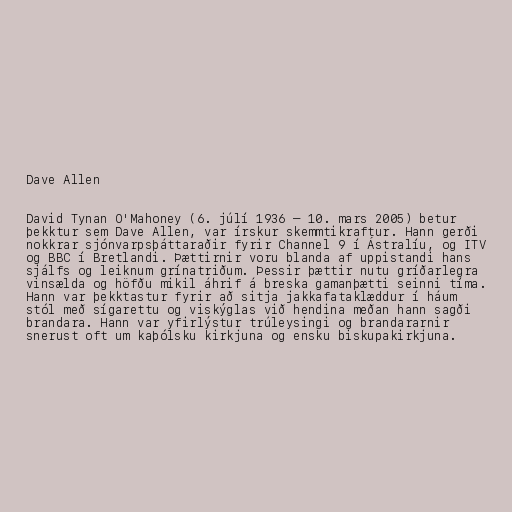
Dave Allen

David Tynan O'Mahoney (6. júlí 1936 – 10. mars 2005) betur
þekktur sem Dave Allen, var írskur skemmtikraftur. Hann gerði
nokkrar sjónvarpsþáttaraðir fyrir Channel 9 í Ástralíu, og ITV
og BBC í Bretlandi. Þættirnir voru blanda af uppistandi hans
sjálfs og leiknum grínatriðum. Þessir þættir nutu gríðarlegra
vinsælda og höfðu mikil áhrif á breska gamanþætti seinni tíma.
Hann var þekktastur fyrir að sitja jakkafataklæddur í háum
stól með sígarettu og viskýglas við hendina meðan hann sagði
brandara. Hann var yfirlýstur trúleysingi og brandararnir
snerust oft um kaþólsku kirkjuna og ensku biskupakirkjuna.